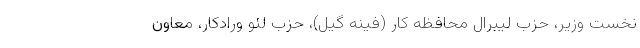
نخست وزیر، حزب لیبرال محافظه کار (فینه گیل)، حزب لئو ورادکار، معاون